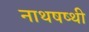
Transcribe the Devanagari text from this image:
नाथषष्थी